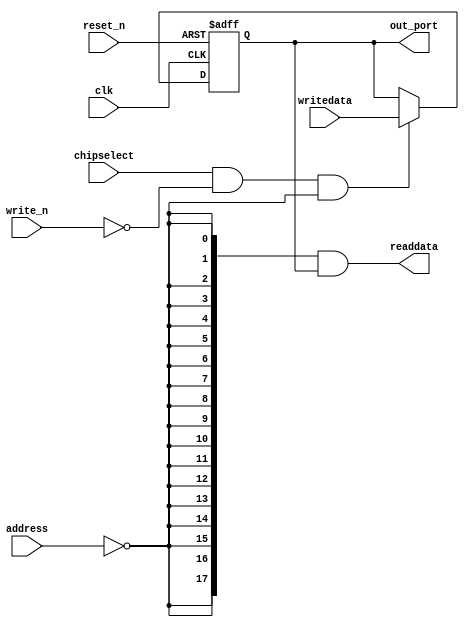
//Legal Notice: (C)2016 Altera Corporation. All rights reserved.  Your
//use of Altera Corporation's design tools, logic functions and other
//software and tools, and its AMPP partner logic functions, and any
//output files any of the foregoing (including device programming or
//simulation files), and any associated documentation or information are
//expressly subject to the terms and conditions of the Altera Program
//License Subscription Agreement or other applicable license agreement,
//including, without limitation, that your use is for the sole purpose
//of programming logic devices manufactured by Altera and sold by Altera
//or its authorized distributors.  Please refer to the applicable
//agreement for further details.

// synthesis translate_off
`timescale 1ns / 1ps
// synthesis translate_on

// turn off superfluous verilog processor warnings 
// altera message_level Level1 
// altera message_off 10034 10035 10036 10037 10230 10240 10030 

module led_red (
                 // inputs:
                  address,
                  chipselect,
                  clk,
                  reset_n,
                  write_n,
                  writedata,

                 // outputs:
                  out_port,
                  readdata
               )
;

  output  [ 17: 0] out_port;
  output  [ 17: 0] readdata;
  input   [  1: 0] address;
  input            chipselect;
  input            clk;
  input            reset_n;
  input            write_n;
  input   [ 17: 0] writedata;

  wire             clk_en;
  reg     [ 17: 0] data_out;
  wire    [ 17: 0] out_port;
  wire    [ 17: 0] read_mux_out;
  wire    [ 17: 0] readdata;
  assign clk_en = 1;
  //s1, which is an e_avalon_slave
  assign read_mux_out = {18 {(address == 0)}} & data_out;
  always @(posedge clk or negedge reset_n)
    begin
      if (reset_n == 0)
          data_out <= 0;
      else if (chipselect && ~write_n && (address == 0))
          data_out <= writedata[17 : 0];
    end


  assign readdata = read_mux_out;
  assign out_port = data_out;

endmodule